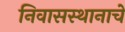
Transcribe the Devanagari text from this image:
निवासस्थानाचे